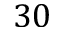
3 0